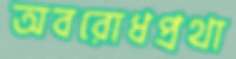
অবরোধপ্রথা